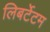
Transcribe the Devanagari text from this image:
लिबर्टेटम